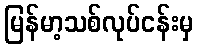
မြန်မာ့သစ်လုပ်ငန်းမှ